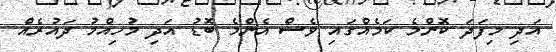
އަދި މިފަދަ ކޮންމެ ކަމެއްގައި ވެސް އެންމެ ބޮޑު އަދި މުހިއްމު ދައުރެއް